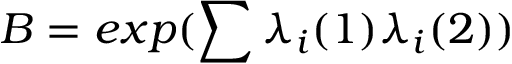
{ \cal B } = e x p ( \sum { \lambda } _ { i } ( 1 ) { \lambda } _ { i } ( 2 ) )